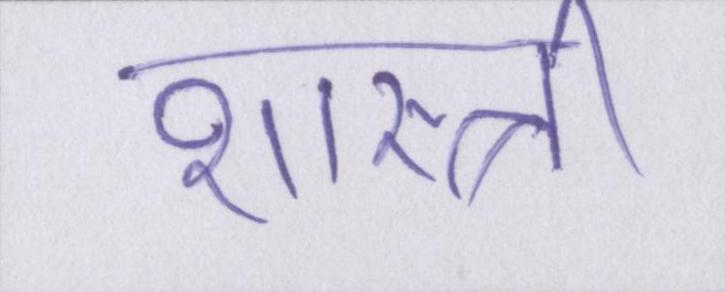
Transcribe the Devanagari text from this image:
शास्त्री